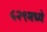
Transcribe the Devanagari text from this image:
५२९मध्ये